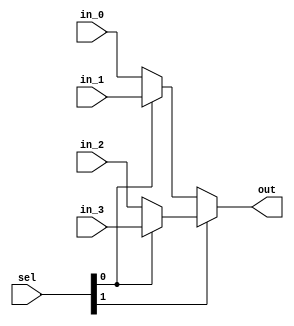
`timescale 1ns / 1ps
//////////////////////////////////////////////////////////////////////////////////
// Company: 
// Engineer: 
// 
// Design Name: 
// Module Name: MUX_4
// Project Name: 
// Target Devices: 
// Tool Versions: 
// Description: 
// 
// Dependencies: 
// 
// Revision:
// Revision 0.01 - File Created
// Additional Comments:
// 
//////////////////////////////////////////////////////////////////////////////////


module MUX_4
   #(parameter N = 32)
   (
    input [N-1:0] in_0,
    input [N-1:0] in_1,
    input [N-1:0] in_2,
    input [N-1:0] in_3,
    
    input [1:0] sel,
    output [N-1:0] out
    );
    
    assign out = sel[1]? (sel[0]? in_3:in_2):(sel[0]? in_1:in_0);
    
endmodule